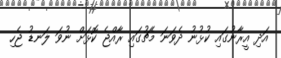
އަދި އީރާނުގައި ކުޅުނު ދެވަނަ މެޗުގައި ރާއްޖެ ކޮޅަށް ނުވަ ލަނޑު ޖެހި